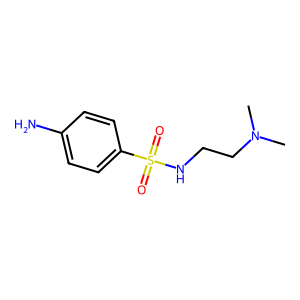
SMILES: CN(C)CCNS(=O)(=O)c1ccc(N)cc1
Inhibits HIV replication: No